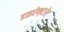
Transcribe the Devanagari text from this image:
डाइरेक्टरेट